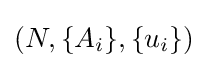
\displaystyle (N,\{A_{i}\},\{u_{i}\})